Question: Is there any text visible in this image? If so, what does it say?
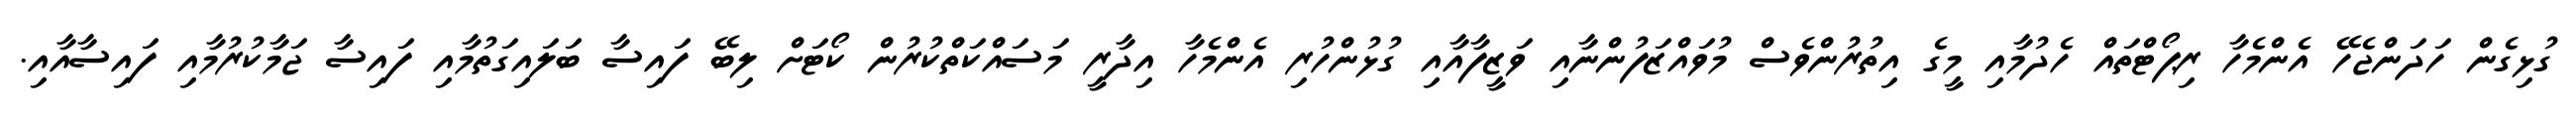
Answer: ގުޅިގެން ހަދަންޖެހޭ އެންމެހާ ރިޕޯޓްތައް ހެދުމާއި މީގެ އިތުރުންވެސް މުވައްޒަފުންނާއި ވަޒީފާއާއި ގުޅުންހުރި އެންމެހާ އިދާރީ މަސައްކަތްކުރުން ކޯޓަށް ލިބޭ ފައިސާ ބަލައިގަތުމާއި ފައިސާ ޖަމާކުރުމާއި ފައިސާއާއި.